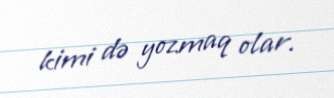
kimi də yozmaq olar.